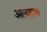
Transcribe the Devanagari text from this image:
अलशाब